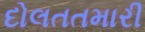
દોલતતમારી